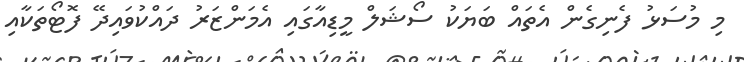
މި މުސަޅު ފެނިގެން އެތައް ބަޔަކު ސޯޝަލް މީޑިއާގައި އެމަންޒަރު ދައްކުވައިދޭ ފޮޓޯތަކާއި